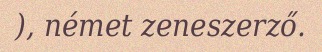
), német zeneszerző.